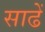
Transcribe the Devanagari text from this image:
साढें